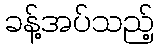
ခန့်အပ်သည့်